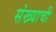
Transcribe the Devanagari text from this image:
संख्याची